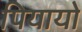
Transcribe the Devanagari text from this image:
पियायो